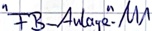
Text: "FB_Anlage".M1